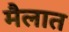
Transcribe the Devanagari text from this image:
मैलात